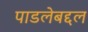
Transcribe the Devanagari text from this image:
पाडलेबद्दल